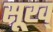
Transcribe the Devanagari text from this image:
सूख्